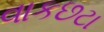
વાકછટા